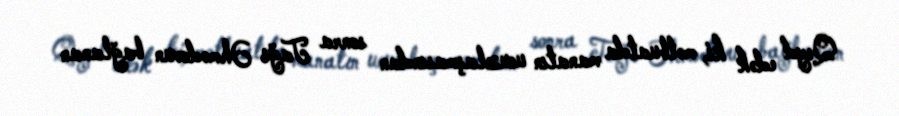
Qeyd edək ki, mətbuatda manatın ucuzlaşmasından sonra Tağı Əhmədovun bağlanan